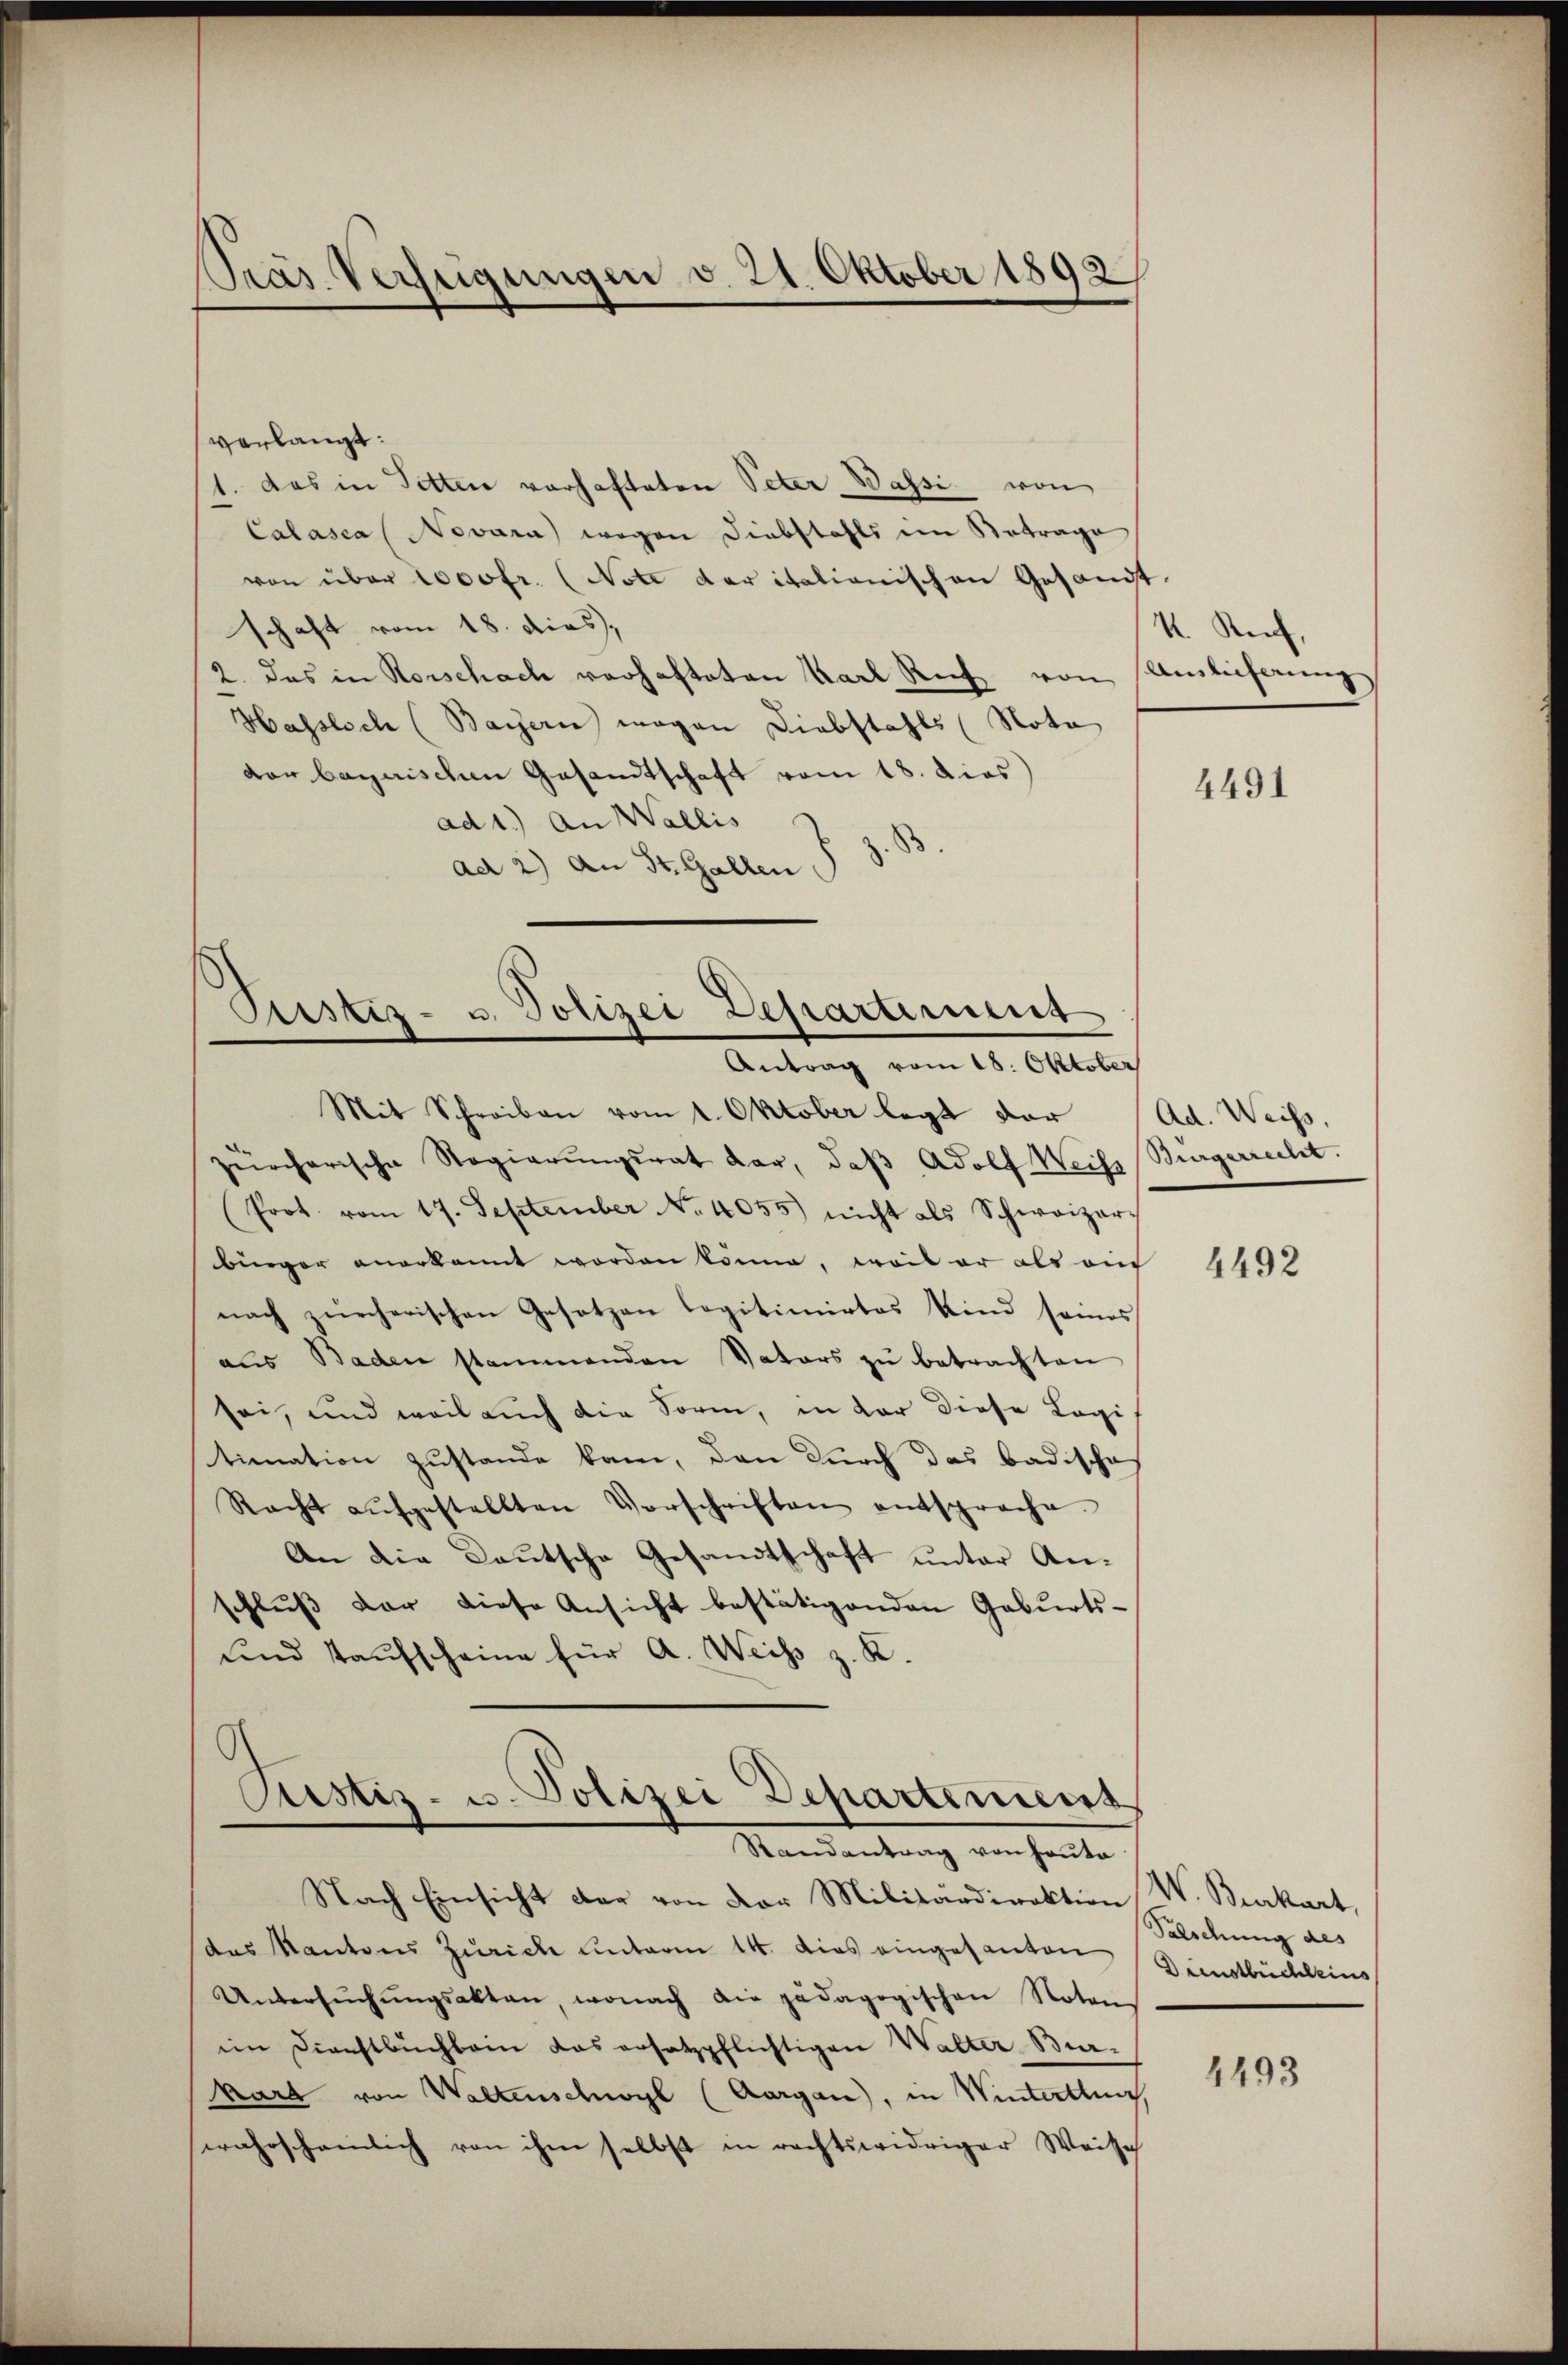
Pras Verfügungen v. 21. Oktober 1892

verlangt:
1. Das in Sitten vorhafteten Peter Wasse von
Calasca (Nevara) wegen Diebstahls im Betrage
von über 1000fr. (Note der italionischen Gesandt.
schaft vom 18. dies,
2. das in Rorschach verhafteten Karl Rich von Amlicherung
Hassisch (Baisern mögen Diebstahls (Nota
der bayrischen Gesandtschaft vom 18. dies
ad 1.) An Wallis
d
ad 2) An St. Gallen

Pristiz- u. Polizei Departement
Antrag vom 18. Oktober

Mit Schreiben vom 1. Oktober legt dar
zürcherische Regierŭngsrat dar, daβ Adolf Weiss Bürgerrecht.
(Prot. vom 17. September No. 4055) nicht als Schweizer-
bünger anerkannt worden könne, weil er als auc
nach zürcherischen Gesetzen legitimirtes Kind seines
aus Baden stammenden Vaters zŭ betrachten
sei, und weil auch die Sorm, in der diese Logi
stimation zustande kann, den durch das badische
Racht aŭfgestellten Vorschriften entsproche.
An die Kautsche Gesandtschaft unter An-
schluß vor diese Ansicht bestätigenden Geburts¬
und Kaufscheine für A. Weiss z. K.

Aistiz- u. Polizei Departement,
Randantrag von Hauta

Nach Einsicht der von der Militärdirektion W. Burkart,
das Kantons Zürich unterm 14. dies eingesanten
Untersŭchŭngsakten, wonach die pädagogischen Noten
im Dienstbuchbain das ersatzpflichtigen Walter Bur-
kart von Waltenschwyl (Aargau, in Winterthur
swahrscheinlich von ihm selbst in rechtswidriger Weise

K Kief,

4491

Ad. Weiss,

4492

Salschung des
Dienstbüchleins

4493